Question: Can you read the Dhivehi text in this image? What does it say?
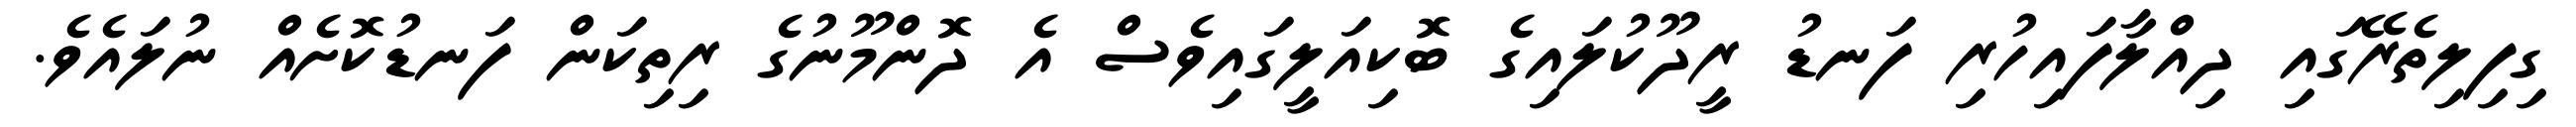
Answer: ގިފިލިތެރޭގައި ދިއްލާފައިހުރި ފަނޑު ރީދޫކުލައިގެ ބޮކިއަލީގައިވެސް އެ ދޮންމޫނުގެ ރިތިކަން ފަނޑުކޮށެއް ނުލައެވެ.